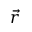
\vec { r }